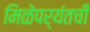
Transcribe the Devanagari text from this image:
मिळेपर्यंतची